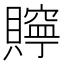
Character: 𧸎